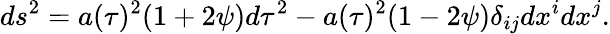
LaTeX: ds^{2}=a(\tau)^{2}(1+2\psi)d\tau^{2}-a(\tau)^{2}(1-2\psi)\delta_{ij}dx^{i}dx^{j}.